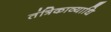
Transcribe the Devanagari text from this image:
तंत्रिकाव्याधि